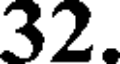
32.